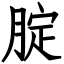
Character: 腚